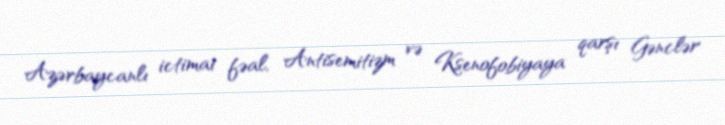
Azərbaycanlı ictimai fəal, Antisemitizm və Ksenofobiyaya qarşı Gənclər